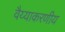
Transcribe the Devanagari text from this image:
वैय्याकरणीय